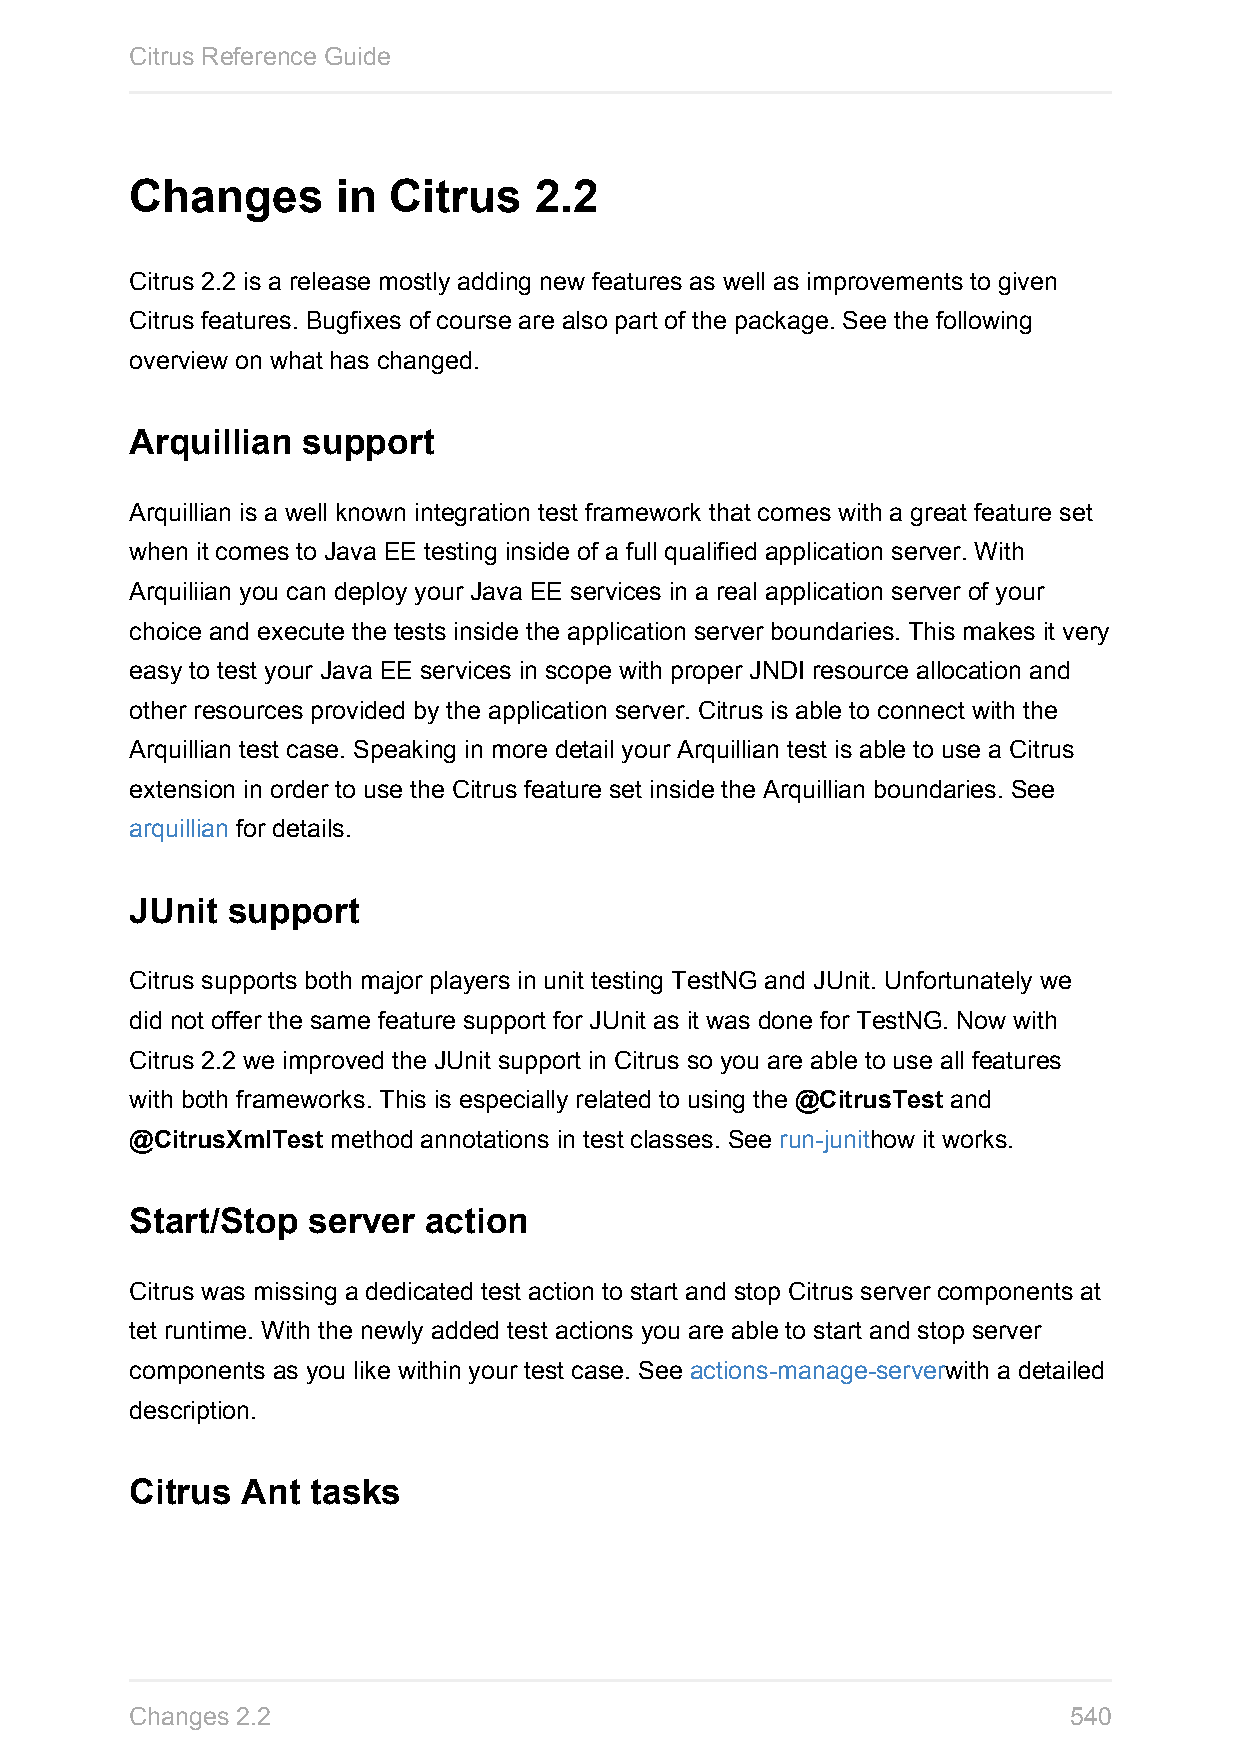
Citrus Reference Guide
 Changes      in  Citrus   2.2
 Citrus 2.2 is a release mostly adding new features as well as improvements to given
 Citrus features. Bugfixes of course are also part of the package. See the following
 overview on what has changed.
 Arquillian support
 Arquillian is a well known integration test framework that comes with a great feature set
 when it comes to Java EE testing inside of a full qualified application server. With
 Arquiliian you can deploy your Java EE services in a real application server of your
 choice and execute the tests inside the application server boundaries. This makes it very
 easy to test your Java EE services in scope with proper JNDI resource allocation and
 other resources provided by the application server. Citrus is able to connect with the
 Arquillian test case. Speaking in more detail your Arquillian test is able to use a Citrus
 extension in order to use the Citrus feature set inside the Arquillian boundaries. See
 arquillian for details.
 JUnit support
 Citrus supports both major players in unit testing TestNG and JUnit. Unfortunately we
 did not offer the same feature support for JUnit as it was done for TestNG. Now with
 Citrus 2.2 we improved the JUnit support in Citrus so you are able to use all features
 with both frameworks. This is especially related to using the @CitrusTest and
 @CitrusXmlTest method annotations in test classes. See run-junithow it works.
 Start/Stop server  action
 Citrus was missing a dedicated test action to start and stop Citrus server components at
 tet runtime. With the newly added test actions you are able to start and stop server
 components as you like within your test case. See actions-manage-serverwith a detailed
 description.
 Citrus Ant  tasks
 Changes 2.2                                                   540